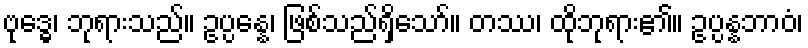
ဗုဒ္ဓေ၊ ဘုရားသည်။ ဥပ္ပန္နေ၊ ဖြစ်သည်ရှိသော်။ တဿ၊ ထိုဘုရား၏။ ဥပ္ပန္နဘာဝံ၊